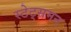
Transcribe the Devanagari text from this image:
स्टेट्समन